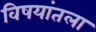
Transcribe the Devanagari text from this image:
विषयांतला